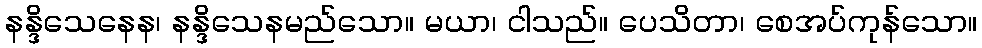
နန္ဒိသေနေန၊ နန္ဒိသေနမည်သော။ မယာ၊ ငါသည်။ ပေသိတာ၊ စေအပ်ကုန်သော။